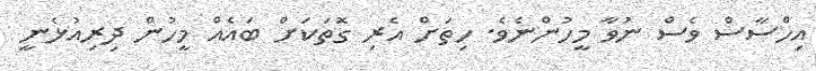
އިހްސާސް ވެސް ނުވާ މީހުންނެވެ. ހިތަށް އެރި ގޮތަކަށް ބައެއް މީހުން ދިރިއުޅެނީ